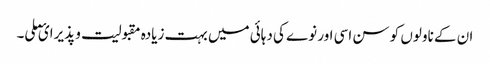
ان کے ناولوں کو سن اسی اور نوے کی دہائی میں بہت زیادہ مقبولیت و پذیرائ ملی۔